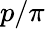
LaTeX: p/\pi